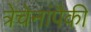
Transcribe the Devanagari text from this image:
त्रेचेनांपैकी